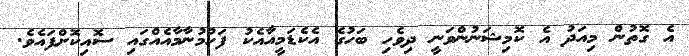
އެ ގޮތުން މިއަދު އެ ކޮމިޝަނުންވަނީ ދިވެހި ބަހުގެ އެކެޑަމީއާއެކު ފަހުމުނާމާއެއްގައި ސޮއިކޮށްފައެވެ.